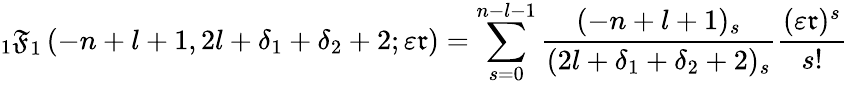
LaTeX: {_1\mathfrak{F}}_{1}\left(-n+l+1,2l+\delta_{1}+\delta_{2}+2;\varepsilon\mathfrak{r}\right)=\sum_{s=0}^{n-l-1}\frac{{(-n+l+1)_{s}}}{{(2l+\delta_{1}+\delta_{2}+2)_{s}}}\frac{{(\varepsilon\mathfrak{r})^{s}}}{{s!}}